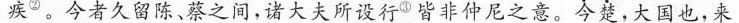
疾^{②}。今者久留陈、蔡之间，诸大夫所设行^{③}皆非仲尼之意。今楚，大国也，来